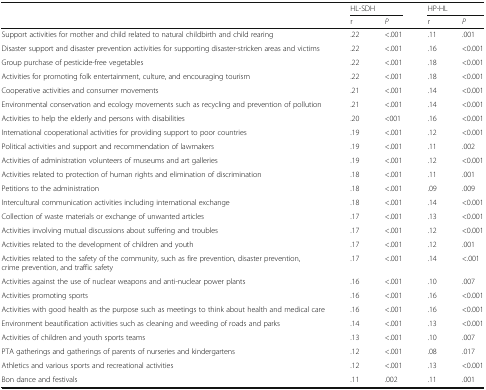
<table><thead><tr><td rowspan="2"></td><td colspan="2"><b>HL-SDH</b></td><td colspan="2"><b>HP-HL</b></td></tr><tr><td><b>r</b></td><td><b><i>P</i></b></td><td><b>r</b></td><td><b><i>P</i></b></td></tr></thead><tbody><tr><td>Support activities for mother and child related to natural childbirth and child rearing</td><td>.22</td><td>&lt;.001</td><td>.11</td><td>.001</td></tr><tr><td>Disaster support and disaster prevention activities for supporting disaster-stricken areas and victims</td><td>.22</td><td>&lt;.001</td><td>.16</td><td>&lt;0.001</td></tr><tr><td>Group purchase of pesticide-free vegetables</td><td>.22</td><td>&lt;.001</td><td>.18</td><td>&lt;0.001</td></tr><tr><td>Activities for promoting folk entertainment, culture, and encouraging tourism</td><td>.22</td><td>&lt;.001</td><td>.18</td><td>&lt;0.001</td></tr><tr><td>Cooperative activities and consumer movements</td><td>.21</td><td>&lt;.001</td><td>.14</td><td>&lt;0.001</td></tr><tr><td>Environmental conservation and ecology movements such as recycling and prevention of pollution</td><td>.21</td><td>&lt;.001</td><td>.14</td><td>&lt;0.001</td></tr><tr><td>Activities to help the elderly and persons with disabilities</td><td>.20</td><td>&lt;001</td><td>.16</td><td>&lt;0.001</td></tr><tr><td>International cooperational activities for providing support to poor countries</td><td>.19</td><td>&lt;.001</td><td>.12</td><td>&lt;0.001</td></tr><tr><td>Political activities and support and recommendation of lawmakers</td><td>.19</td><td>&lt;.001</td><td>.11</td><td>.002</td></tr><tr><td>Activities of administration volunteers of museums and art galleries</td><td>.19</td><td>&lt;.001</td><td>.12</td><td>&lt;0.001</td></tr><tr><td>Activities related to protection of human rights and elimination of discrimination</td><td>.18</td><td>&lt;.001</td><td>.11</td><td>.001</td></tr><tr><td>Petitions to the administration</td><td>.18</td><td>&lt;.001</td><td>.09</td><td>.009</td></tr><tr><td>Intercultural communication activities including international exchange</td><td>.18</td><td>&lt;.001</td><td>.14</td><td>&lt;0.001</td></tr><tr><td>Collection of waste materials or exchange of unwanted articles</td><td>.17</td><td>&lt;.001</td><td>.13</td><td>&lt;0.001</td></tr><tr><td>Activities involving mutual discussions about suffering and troubles</td><td>.17</td><td>&lt;.001</td><td>.12</td><td>&lt;0.001</td></tr><tr><td>Activities related to the development of children and youth</td><td>.17</td><td>&lt;.001</td><td>.12</td><td>.001</td></tr><tr><td>Activities related to the safety of the community, such as fire prevention, disaster prevention, crime prevention, and traffic safety</td><td>.17</td><td>&lt;.001</td><td>.14</td><td>&lt;.001</td></tr><tr><td>Activities against the use of nuclear weapons and anti-nuclear power plants</td><td>.16</td><td>&lt;.001</td><td>.10</td><td>.007</td></tr><tr><td>Activities promoting sports</td><td>.16</td><td>&lt;.001</td><td>.16</td><td>&lt;0.001</td></tr><tr><td>Activities with good health as the purpose such as meetings to think about health and medical care</td><td>.16</td><td>&lt;.001</td><td>.16</td><td>&lt;0.001</td></tr><tr><td>Environment beautification activities such as cleaning and weeding of roads and parks</td><td>.14</td><td>&lt;.001</td><td>.13</td><td>&lt;0.001</td></tr><tr><td>Activities of children and youth sports teams</td><td>.13</td><td>&lt;.001</td><td>.10</td><td>.007</td></tr><tr><td>PTA gatherings and gatherings of parents of nurseries and kindergartens</td><td>.12</td><td>&lt;.001</td><td>.08</td><td>.017</td></tr><tr><td>Athletics and various sports and recreational activities</td><td>.12</td><td>&lt;.001</td><td>.13</td><td>&lt;0.001</td></tr><tr><td>Bon dance and festivals</td><td>.11</td><td>.002</td><td>.11</td><td>.001</td></tr></tbody></table>